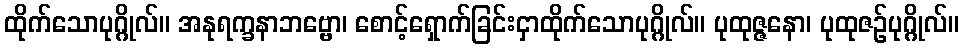
ထိုက်သောပုဂ္ဂိုလ်။ အနုရက္ခနာဘဗ္ဗော၊ စောင့်ရှောက်ခြင်းငှာထိုက်သောပုဂ္ဂိုလ်။ ပုထုဇ္ဇနော၊ ပုထုဇဉ်ပုဂ္ဂိုလ်။